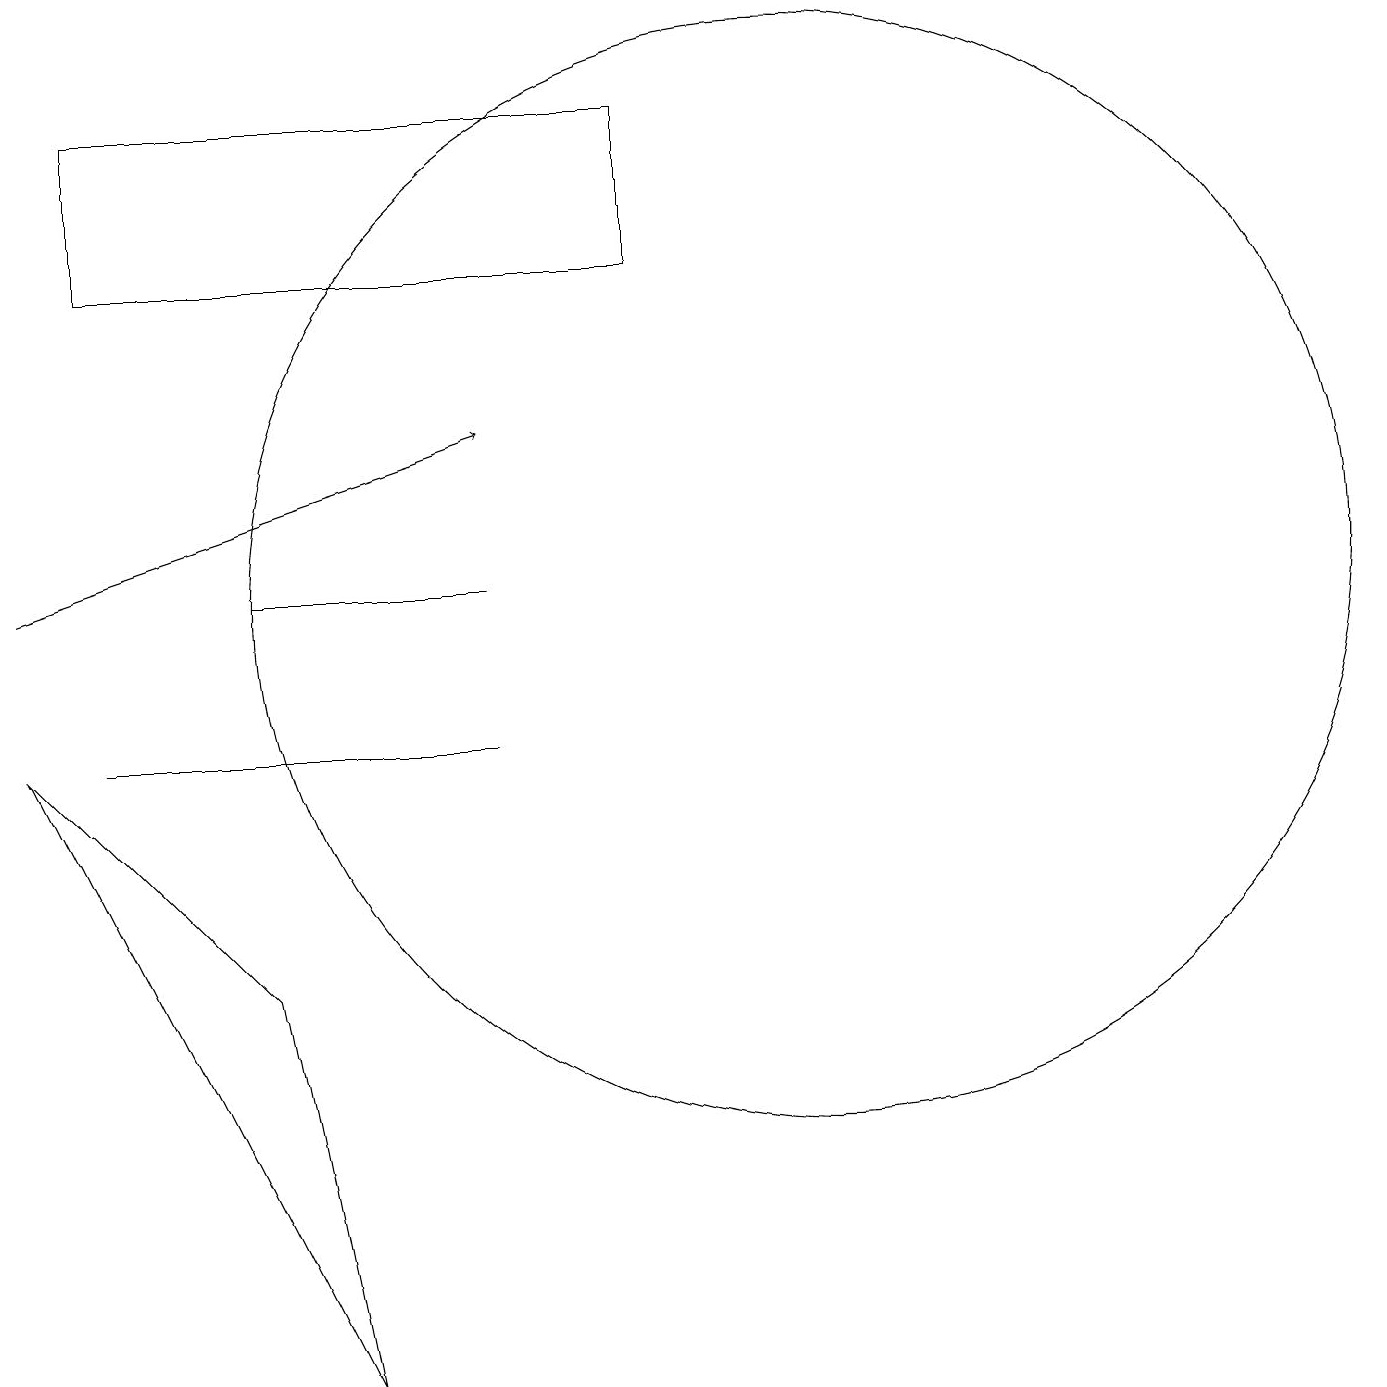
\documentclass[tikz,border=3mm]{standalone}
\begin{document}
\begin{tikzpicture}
\draw (10,11) circle (7);
\draw (6,11) rectangle (3,11);
\draw (1,9) -- (6,9) -- (2,9) -- cycle;
\draw (1,15) rectangle (8,17);
\draw[->] (0,11) -- (6,13);
\draw (0,9) -- (3,6) -- (4,1) -- cycle;
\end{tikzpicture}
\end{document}